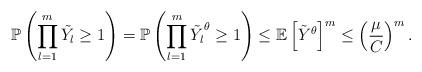
LaTeX: \begin{align*}\mathbb{P} \left( \prod_{l=1}^m \Tilde{Y_l} \geq 1 \right) = \mathbb{P} \left( \prod_{l=1}^m \Tilde{Y_l}^{\theta} \geq 1 \right) \leq \mathbb{E}\left[ \Tilde{Y}^{\theta} \right]^{m} \leq \left(\frac{\mu}{C}\right)^{m}.\end{align*}